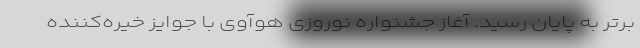
برتر به پایان رسید. آغاز جشنواره نوروزی هوآوی با جوایز خیره‌کننده